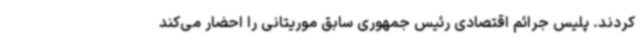
کردند. پلیس جرائم اقتصادی رئیس جمهوری سابق موریتانی را احضار می‌کند